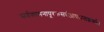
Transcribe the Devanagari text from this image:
सर्वकामनापूरकसर्वआपदानाशकहै।